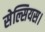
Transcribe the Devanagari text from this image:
सेल्सियस।